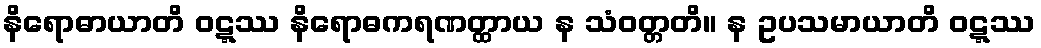
နိရောဓာယာတိ ဝဋ္ဋဿ နိရောဓကရဏတ္ထာယ န သံဝတ္တတိ။ န ဥပသမာယာတိ ဝဋ္ဋဿ